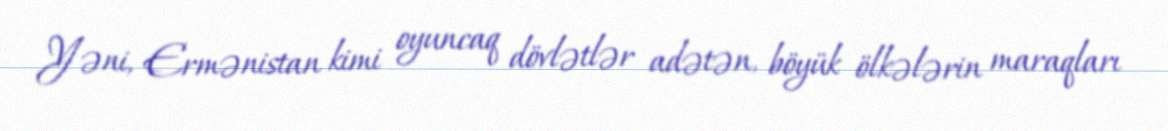
Yəni, Ermənistan kimi oyuncaq dövlətlər adətən, böyük ölkələrin maraqları